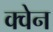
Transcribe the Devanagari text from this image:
क्वेन